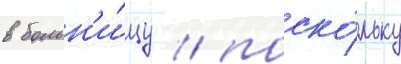
в больн'и́цу / поско́льку